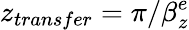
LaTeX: z_{transfer}=\pi/\beta_{z}^{e}